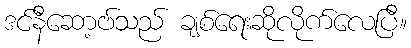
ဒင်နီဆော့ဗ်သည် ချစ်ရေးဆိုလိုက်လေပြီ။